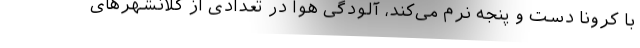
با کرونا دست و پنجه نرم می‌کند، آلودگی هوا در تعدادی از کلانشهرهای